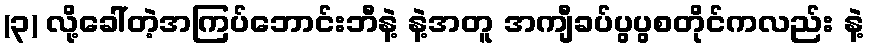
(၃) လို့ခေါ်တဲ့အကြပ်ဘောင်းဘီနဲ့ နဲ့အတူ အကျီခပ်ပွပွစတိုင်ကလည်း နဲ့